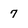
Character: 7